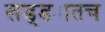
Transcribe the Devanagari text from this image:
खड्ड्यातच